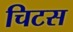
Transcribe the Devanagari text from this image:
चिटस